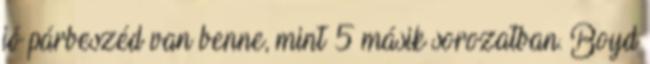
jó párbeszéd van benne, mint 5 másik sorozatban. Boyd